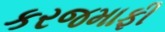
કરજમાફી